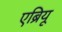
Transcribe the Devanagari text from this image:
एब्रियू